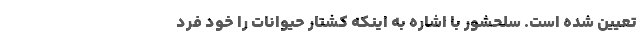
تعیین شده است. سلحشور با اشاره به اینکه کشتار حیوانات را خود فرد